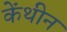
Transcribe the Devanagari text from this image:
केंथीन